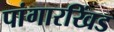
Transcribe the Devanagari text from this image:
पांगारखिंड